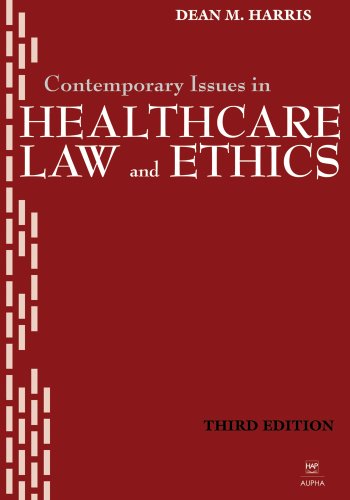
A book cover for Contemporary Issues in Healthcare Law and Ethics; Dean M. Harris; Law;